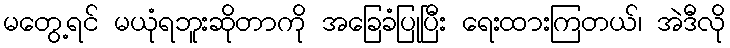
မတွေ့ရင် မယုံရဘူးဆိုတာကို အခြေခံပြုပြီး ရေးထားကြတယ်၊ အဲဒီလို